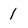
Character: 1